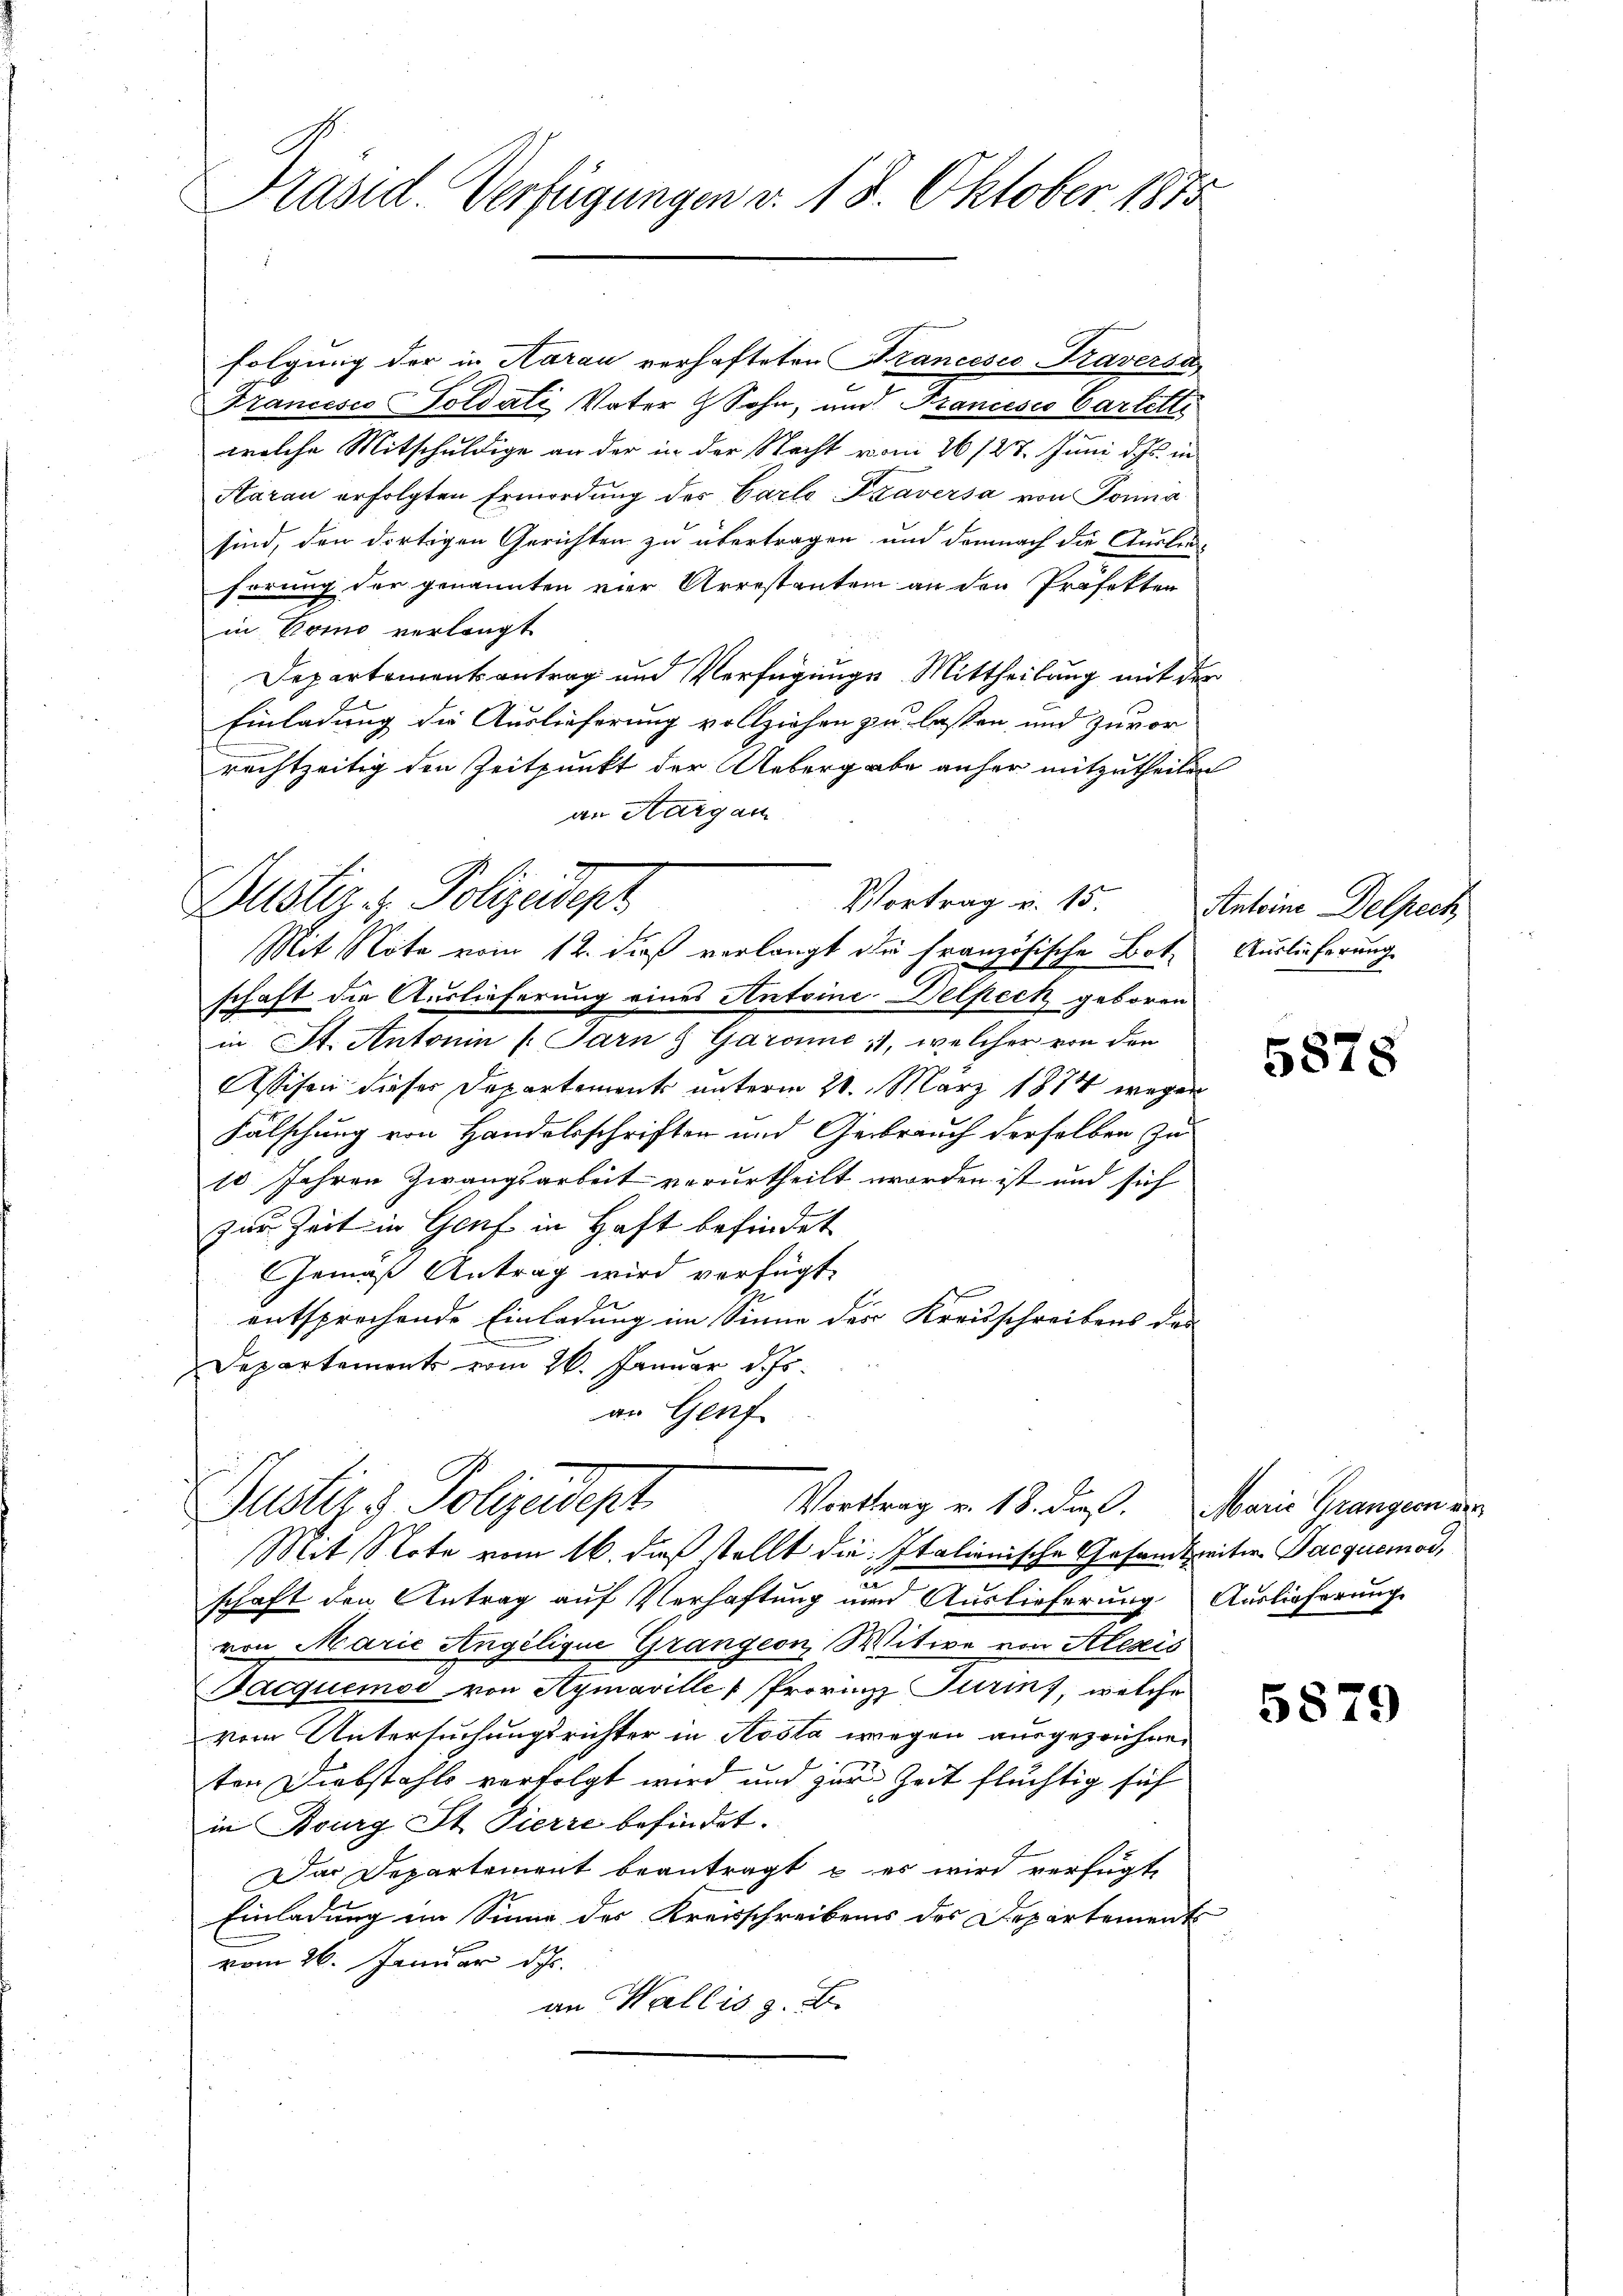
Präsid. Verfügungen v. 18. Oktober 1875

folgung der in Aarau verhafteten Francesco Traversa
Francesco Soldati Vater & Sohn, und Francesco Cartetli
wolche Mitschuldige an der in der Nacht vom 26/27. Juni d. Js. in
Aarau erfolgten Ermordung des Carlo Traversa von Sonna
sind, den dortigen Gerichten zu übertragen und demnach die Ausliehörung der genannten vier Arrestanten an den Präfekter
in Komo verlangt
Departementsantrag und Verfügunge Mittheilung mit der
Einladung die Auslieferung vollziehen zu lassen und zuvor
rechtzeitig den Zeitpunkt der Uebergabe anher mitzutheilen
an Aargau
schaft die Auslieferung eines Antoine Delpeck geboren
in St. Antonin (Parn & Garonić, welcher von den
Assison dieses Departement unterm 21. März 1874 wegen
Fälschung von Handelsschriften und Gebrauch derselben zu
10 Jahren Zwangsarbeit verurtheilt worden ist und sich
zur Zeit in Genf in Haft befindet
Gemäß Antrag wird verfügt:
entsprochende Einladung im Sinne des Kreisschreibens das
Departement vom 26. Januar d. Js.
an Genf
Dustiz & Polizeidept.
Vortrag v. 18. die. Marie Grangern ver
Mit Note vom 16. dieß stellt die Italionische Gesandtreiten Jacquemod,
schaft den Antrag auf Verhaftung und Auslieferung Auslieferung
von Marie Angelique Grangeon, Witwe von Klesis
Jacquemoi von Aymaville Provinz Turin), welche
vom Untersuchungsrichter in Aosta wegen ausgezeichneten Diebstahls verfolgt wird und zur Zeit flüchtig sich
in Bourg St Pierre befindet.
Das Departement beantragt u. es wird verfügt,
Einladung ein Sinne des Kreisschreibens des Departements
vom 26. Januar d. Js.
an Wallis z. B.

Vortrag u. 15.
Justiz & Polizeidept
Mit Note vom 12. dieß verlangt die Französische Bot¬

Antoine Delpech
Auslieferung

5878

5879